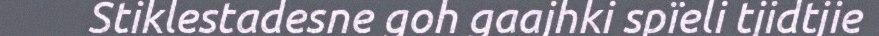
Stiklestadesne goh gaajhki spïeli tjidtjie